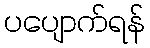
ပပျောက်ရန်